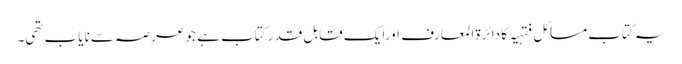
یہ کتاب مسائل فقہیہ کا دائرة المعارف اورایک قابل قدر کتاب ہے جو عرصہ سے نایاب تھی۔